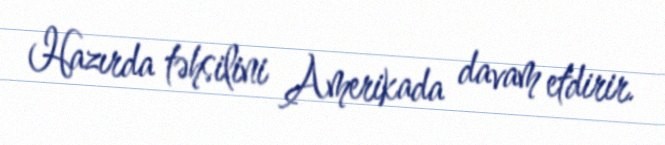
Hazırda təhsilini Amerikada davam etdirir.